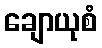
ချောယုစံ